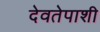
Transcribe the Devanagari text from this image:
देवतेपाशी